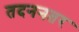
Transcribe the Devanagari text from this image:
तदननतर